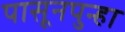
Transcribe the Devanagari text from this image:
पासूनपुन्हा